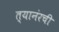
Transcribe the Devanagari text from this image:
त्यानंरची